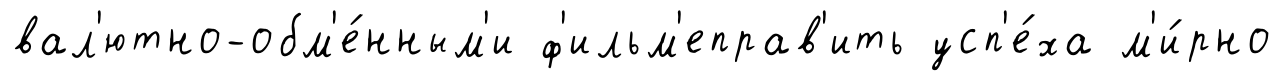
вал'ютно-обм'е́нным'и ф'ильм'еправ'ить усп'е́ха м'и́рно